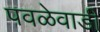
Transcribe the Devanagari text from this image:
पवळेवाडी